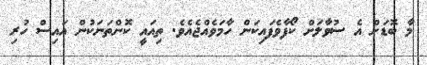
މާ ބޮޑަށް އެ ސުވާލަށް ކޯފާވެފައިކަން ހާމަވެއްޖެއެވެ. ތިއައީ ކޮންތަނަކުން އައިސް ހުރި